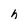
Character: h